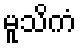
မူသိကံ